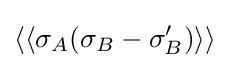
\langle \langle \sigma _{A}(\sigma _{B}-\sigma '_{B})\rangle \rangle